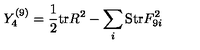
Y _ { 4 } ^ { ( 9 ) } = { \frac { 1 } { 2 } } \mathrm { t r } R ^ { 2 } - \sum _ { i } \mathrm { S t r } F _ { 9 i } ^ { 2 }